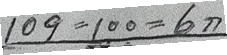
109 = 100 = 6ก